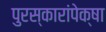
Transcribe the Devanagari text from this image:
पुरस्कारांपेक्षा